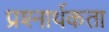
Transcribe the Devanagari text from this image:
प्रश्‍नार्थकता